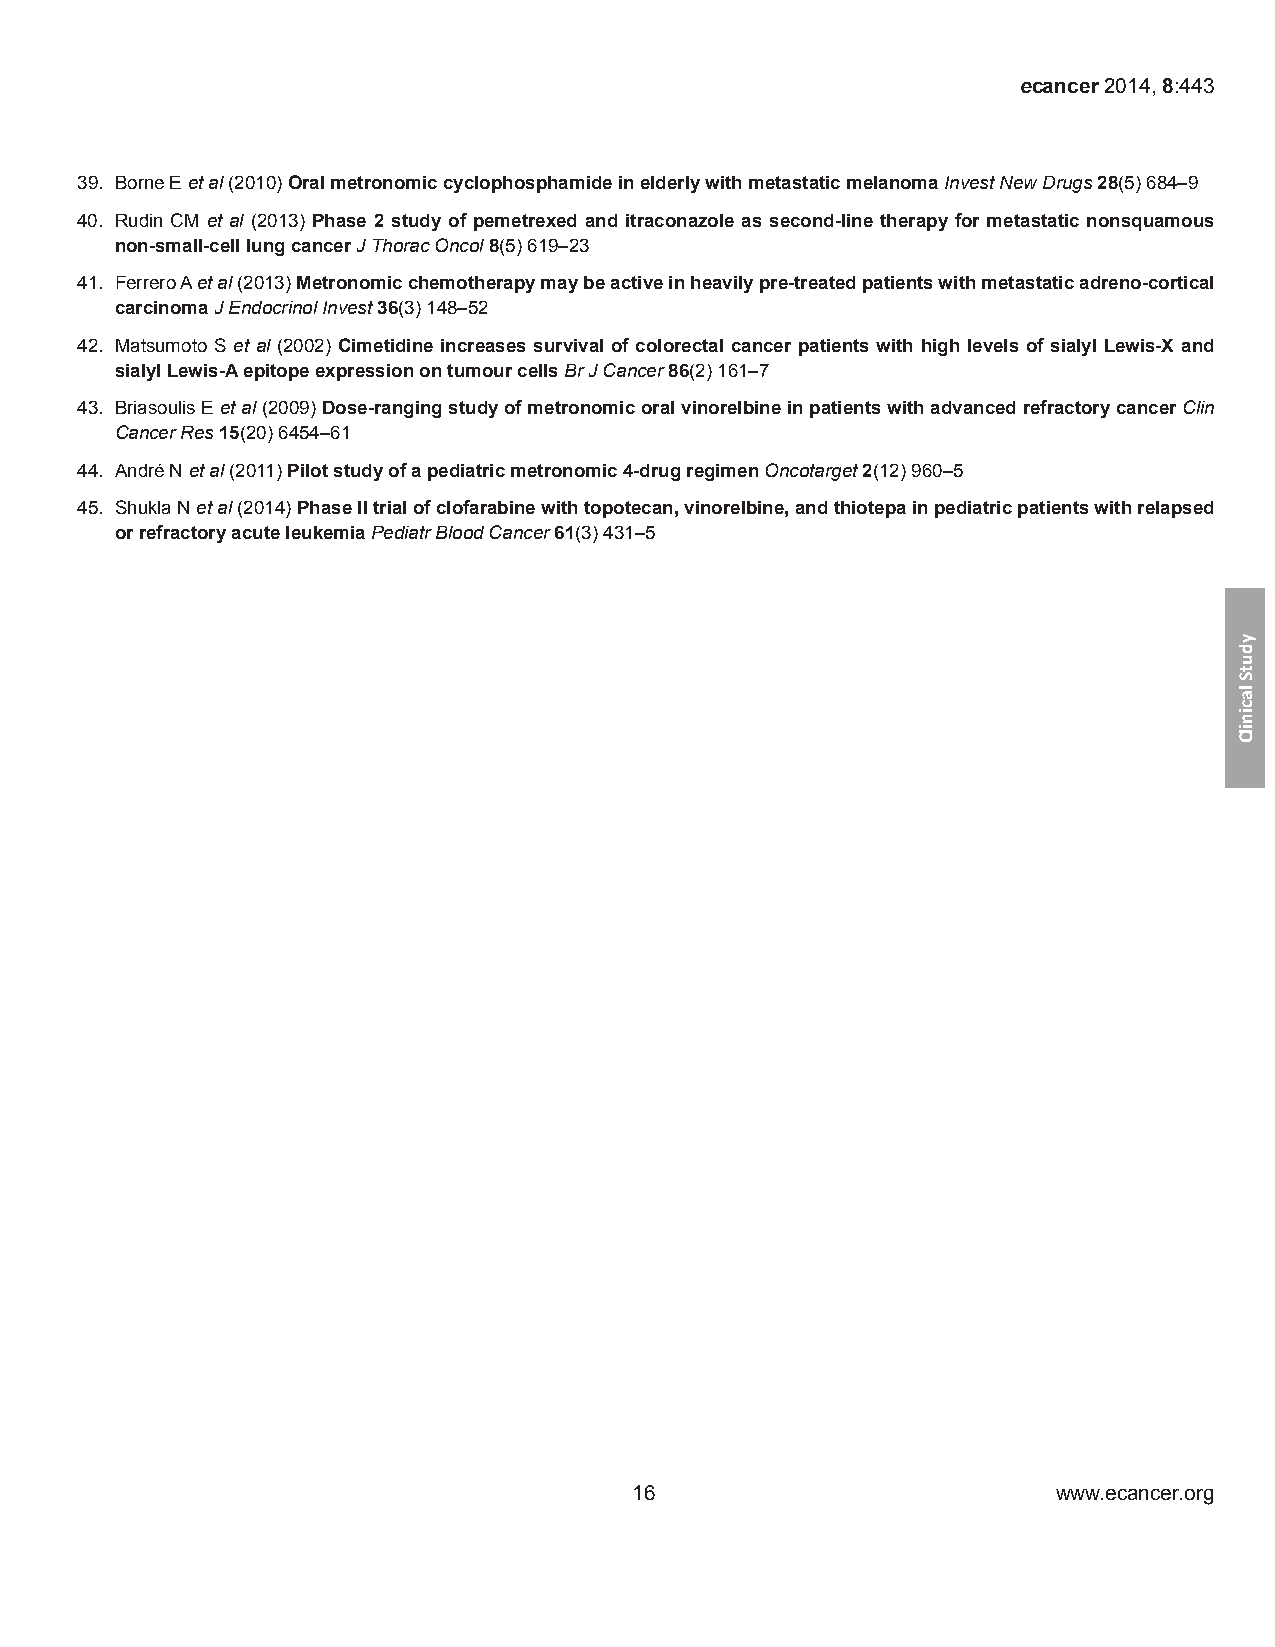
ecancer 2014, 8:443
 39. Borne E et al (2010) Oral metronomic cyclophosphamide in elderly with metastatic melanoma Invest New Drugs 28(5) 684–9
 40. Rudin CM et al (2013) Phase 2 study of pemetrexed and itraconazole as second-line therapy for metastatic nonsquamous
 non-small-cell lung cancer J Thorac Oncol 8(5) 619–23
 41. Ferrero A et al (2013) Metronomic chemotherapy may be active in heavily pre-treated patients with metastatic adreno-cortical
 carcinoma J Endocrinol Invest 36(3) 148–52
 42. Matsumoto S et al (2002) Cimetidine increases survival of colorectal cancer patients with high levels of sialyl Lewis-X and
 sialyl Lewis-A epitope expression on tumour cells Br J Cancer 86(2) 161–7
 43. Briasoulis E et al (2009) Dose-ranging study of metronomic oral vinorelbine in patients with advanced refractory cancer Clin
 Cancer Res 15(20) 6454–61
 44. André N et al (2011) Pilot study of a pediatric metronomic 4-drug regimen Oncotarget 2(12) 960–5
 45. Shukla N et al (2014) Phase II trial of clofarabine with topotecan, vinorelbine, and thiotepa in pediatric patients with relapsed
 or refractory acute leukemia Pediatr Blood Cancer 61(3) 431–5
 16                          www.ecancer.org
 ydutS
 lacinilC